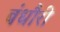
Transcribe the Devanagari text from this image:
बंधौैरी